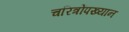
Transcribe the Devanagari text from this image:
चरित्रोंपख्यान